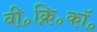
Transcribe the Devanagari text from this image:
वी॰क्रि॰कॉ॰